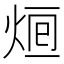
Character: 𤉑